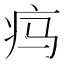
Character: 𬏜